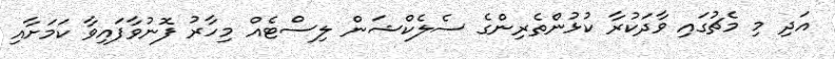
އަދި މި މެޗުގައި ވާދަކުރާ ކުޅުންތެރިންގެ ސެލެކްޝަން ލިސްޓެއް މިހާރު ފޮނުވާފައިވާ ކަމަށާއި